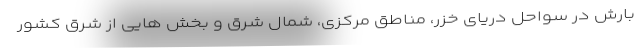
بارش در سواحل دریای خزر، مناطق مرکزی، شمال شرق و بخش هایی از شرق کشور